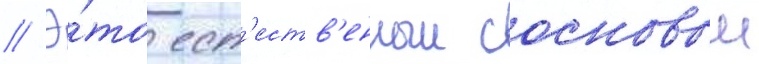
// Э́то ест'еств'енныи сосновыи